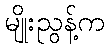
မျိုးညွန့်က